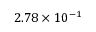
2 . 7 8 \times 1 0 ^ { - 1 }